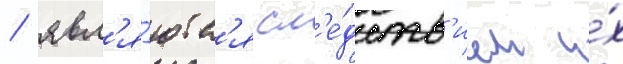
/ явл'я́ютс'я сл'е́дств'ием и́х